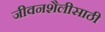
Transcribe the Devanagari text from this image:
जीवनशैलीसाठी